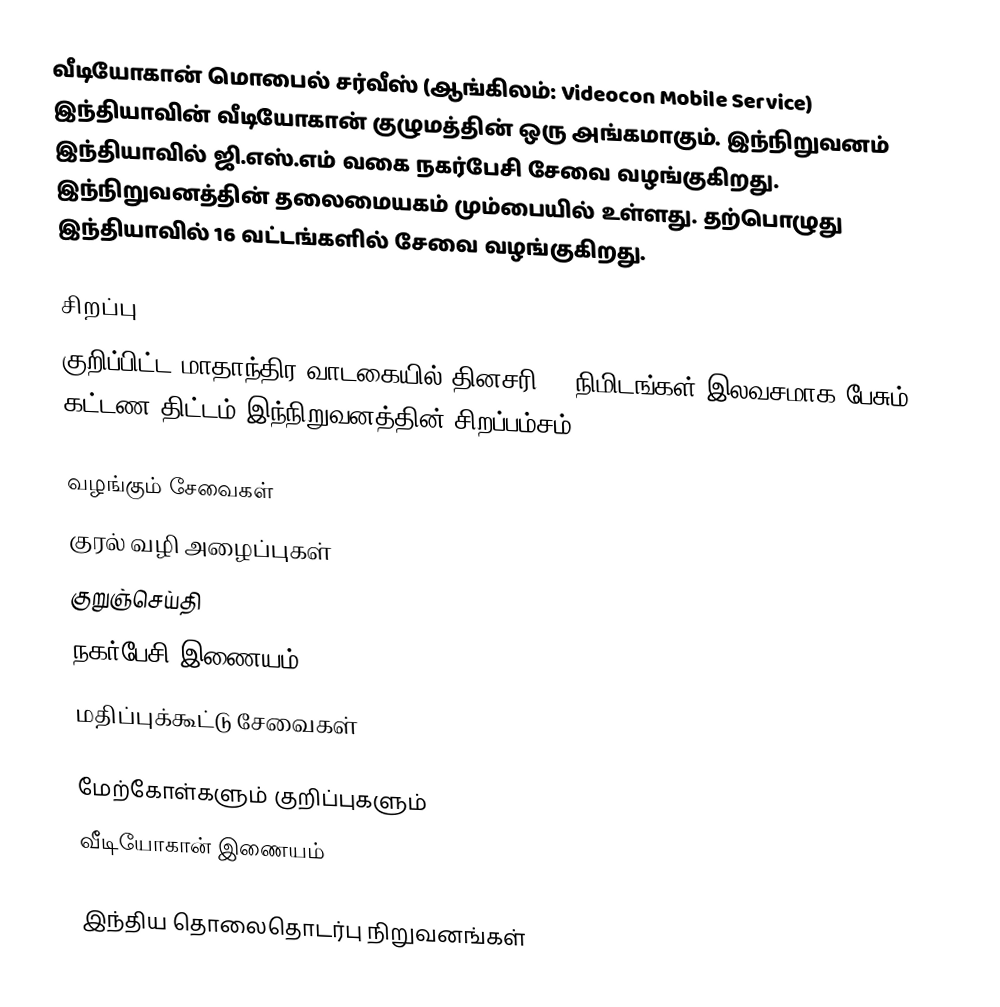
வீடியோகான் மொபைல் சர்வீஸ் (ஆங்கிலம்: Videocon Mobile Service) இந்தியாவின் வீடியோகான் குழுமத்தின் ஒரு அங்கமாகும். இந்நிறுவனம் இந்தியாவில் ஜி.எஸ்.எம் வகை நகர்பேசி சேவை வழங்குகிறது. இந்நிறுவனத்தின் தலைமையகம் மும்பையில் உள்ளது. தற்பொழுது இந்தியாவில் 16 வட்டங்களில் சேவை வழங்குகிறது.

சிறப்பு
குறிப்பிட்ட மாதாந்திர வாடகையில் தினசரி 60 நிமிடங்கள் இலவசமாக பேசும் கட்டண திட்டம் இந்நிறுவனத்தின் சிறப்பம்சம்.

வழங்கும் சேவைகள்
 குரல் வழி அழைப்புகள்
 குறுஞ்செய்தி
 நகர்பேசி இணையம்
 மதிப்புக்கூட்டு சேவைகள்

மேற்கோள்களும் குறிப்புகளும்
 வீடியோகான் இணையம்

இந்திய தொலைதொடர்பு நிறுவனங்கள்